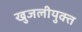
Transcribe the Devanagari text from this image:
खुजलीयुक्त